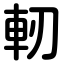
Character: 軔